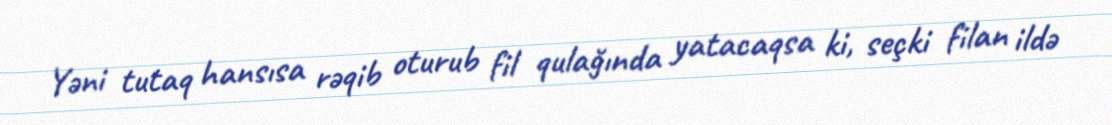
Yəni tutaq hansısa rəqib oturub fil qulağında yatacaqsa ki, seçki filan ildə